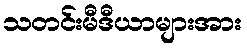
သတင်းမီဒီယာများအား